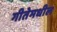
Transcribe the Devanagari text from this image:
गीतेमधील